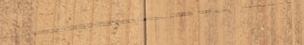
أفضل خيارات الحلويات والت